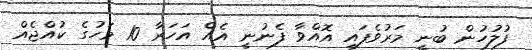
ފުލުހުން ބުނީ މަރުވެފައި އޮއްވާ ފެނުނީ އެއް އަހަރާ 10 މަހުގެ ކުއްޖެއް